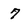
Character: 7